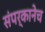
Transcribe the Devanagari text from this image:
संपर्कानेच